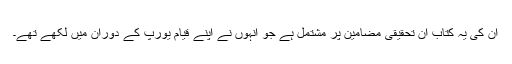
ان کی یہ کتاب ان تحقیقی مضامین پر مشتمل ہے جو انہوں نے اپنے قیام یورپ کے دوران میں لکھے تھے۔